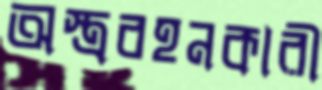
অস্ত্রবহনকারী